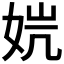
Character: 𰌁